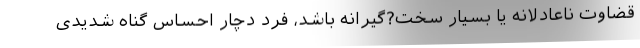
قضاوت ناعادلانه یا بسیار سخت?گیرانه باشد، فرد دچار احساس گناه شدیدی